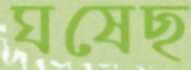
ঘষেছ